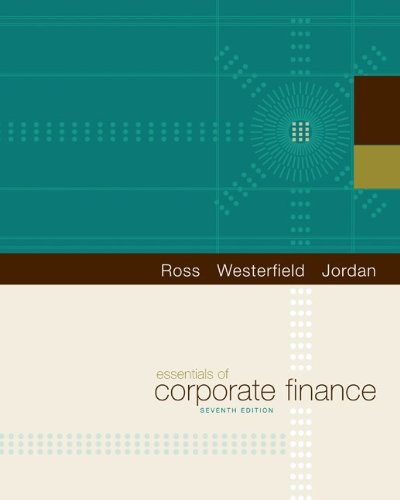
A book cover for Essentials of Corporate Finance (The Mcgraw-Hill/Irwin Series in Finance, Insurance, and Real Estate); Stephen A. Ross; Business & Money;